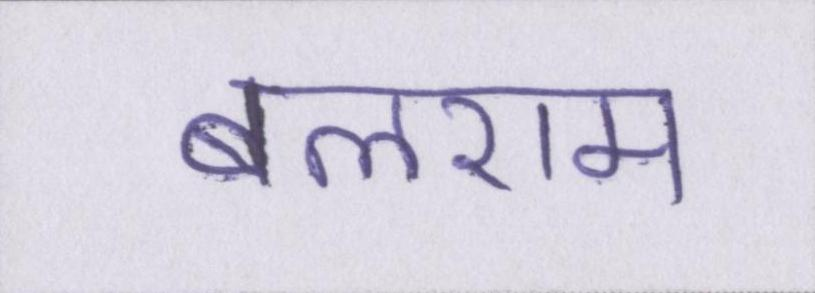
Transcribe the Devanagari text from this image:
बलराम